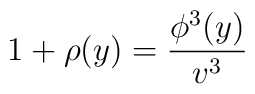
1+\rho(y) = \frac{\phi^3(y)}{v^3}